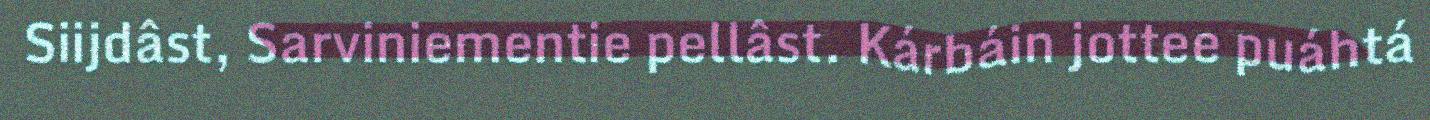
Siijdâst, Sarviniementie pellâst. Kárbáin jottee puáhtá